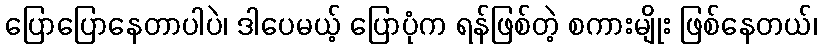
ပြောပြောနေတာပါပဲ၊ ဒါပေမယ့် ပြောပုံက ရန်ဖြစ်တဲ့ စကားမျိုး ဖြစ်နေတယ်၊